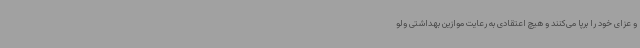
و عزای خود را برپا می‌کنند و هیچ اعتقادی به رعایت موازین بهداشتی ولو